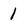
Character: 1